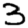
Digit: 3